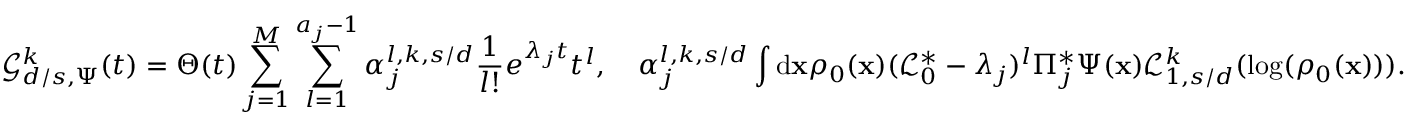
\mathcal { G } _ { d / s , \Psi } ^ { k } ( t ) = \Theta ( t ) \sum _ { j = 1 } ^ { M } \sum _ { l = 1 } ^ { a _ { j } - 1 } \alpha _ { j } ^ { l , k , s / d } \frac { 1 } { l ! } e ^ { \lambda _ { j } t } t ^ { l } , \quad \alpha _ { j } ^ { l , k , s / d } \int \mathrm { d } \mathbf { x } \rho _ { 0 } ( \mathbf { x } ) ( \mathcal { L } _ { 0 } ^ { \ast } - \lambda _ { j } ) ^ { l } \Pi _ { j } ^ { \ast } \Psi ( \mathbf { x } ) \mathcal { L } _ { 1 , s / d } ^ { k } ( \log ( \rho _ { 0 } ( \mathbf { x } ) ) ) .